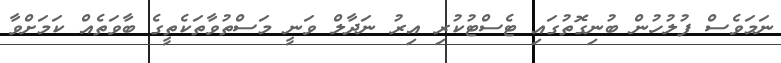
ނަމަވެސް ފުލުހުން ބުނިގޮތުގައި ޓެސްޓުކުރި އިރު ނަދާލް ވަނީ މަސްތުވާތަކެތީގެ ބާވަތެއް ކަމަށްވާ